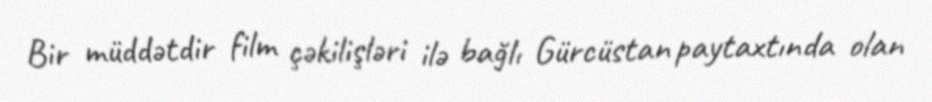
Bir müddətdir film çəkilişləri ilə bağlı Gürcüstan paytaxtında olan